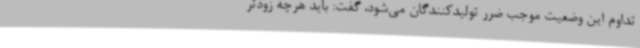
تداوم این وضعیت موجب ضرر تولیدکنندگان می‌شود، گفت: باید هرچه زودتر